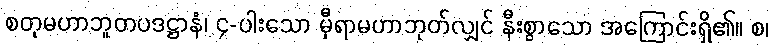
စတုမဟာဘူတပဒဋ္ဌာနံ၊ ၄-ပါးသော မှီရာမဟာဘုတ်လျှင် နီးစွာသော အကြောင်းရှိ၏။ စ၊